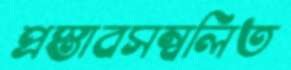
প্রস্তাবসম্বলিত